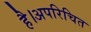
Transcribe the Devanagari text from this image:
है।अपरिचित